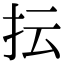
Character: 抎